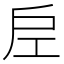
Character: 𭠀